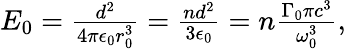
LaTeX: \begin{array}{r}{E_{0}=\frac{d^{2}}{4\pi\epsilon_{0}r_{0}^{3}}=\frac{nd^{2}}{3\epsilon_{0}}=n\frac{\Gamma_{0}\pi c^{3}}{\omega_{0}^{3}},}\end{array}